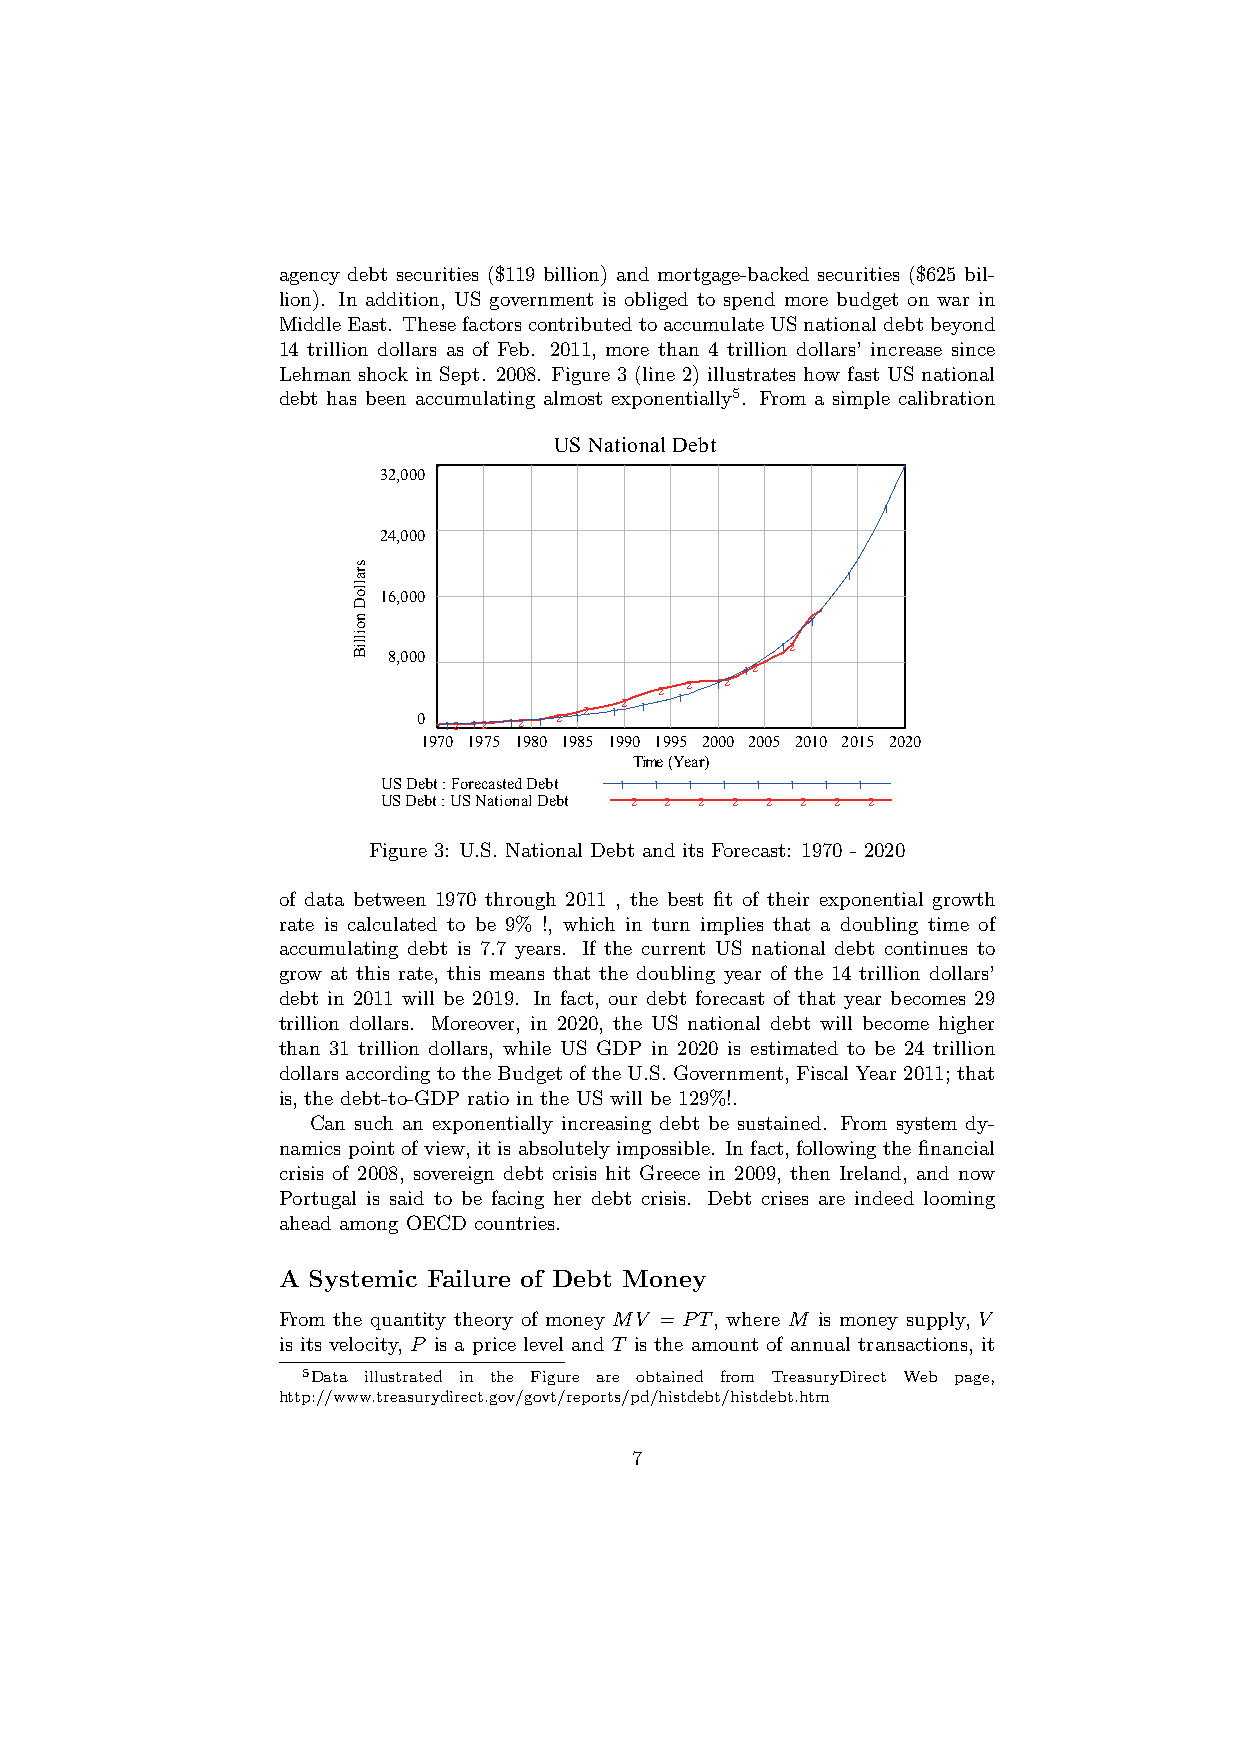
agency debt securities ($119 billion) and mortgage-backed securities ($625 bil-
 lion). In addition, US government is obliged to spend more budget on war in
 MiddleEast. ThesefactorscontributedtoaccumulateUSnationaldebtbeyond
 14 trillion dollars as of Feb. 2011, more than 4 trillion dollars’ increase since
 Lehman shock in Sept. 2008. Figure 3 (line 2) illustrates how fast US national
 debt has been accumulating almost exponentially5. From a simple calibration
 US National Debt
 32,000
 1
 24,000
 s
 ar                               1
 oll
 16,000
 D
 on                             1
 Billi
 8,000
 12
 12
 2 2 12
 0 12 12 12 1 2 12 12 1 1
 1970 1975 1980 1985 1990 1995 2000 2005 2010 2015 2020
 Time (Year)
 US Debt : Forecasted Debt 1 1 1 1 1 1 1 1
 US Debt : US National Debt 2 2 2 2 2 2 2 2
 Figure 3: U.S. National Debt and its Forecast: 1970 - 2020
 of data between 1970 through 2011 , the best fit of their exponential growth
 rate is calculated to be 9% !, which in turn implies that a doubling time of
 accumulating debt is 7.7 years. If the current US national debt continues to
 grow at this rate, this means that the doubling year of the 14 trillion dollars’
 debt in 2011 will be 2019. In fact, our debt forecast of that year becomes 29
 trillion dollars. Moreover, in 2020, the US national debt will become higher
 than 31 trillion dollars, while US GDP in 2020 is estimated to be 24 trillion
 dollars according to the Budget of the U.S. Government, Fiscal Year 2011; that
 is, the debt-to-GDP ratio in the US will be 129%!.
 Can such an exponentially increasing debt be sustained. From system dy-
 namics point of view, it is absolutely impossible. In fact, following the financial
 crisis of 2008, sovereign debt crisis hit Greece in 2009, then Ireland, and now
 Portugal is said to be facing her debt crisis. Debt crises are indeed looming
 ahead among OECD countries.
 A Systemic Failure of Debt Money
 From the quantity theory of money MV = PT, where M is money supply, V
 is its velocity, P is a price level and T is the amount of annual transactions, it
 5Data illustrated in the Figure are obtained from TreasuryDirect Web page,
 http://www.treasurydirect.gov/govt/reports/pd/histdebt/histdebt.htm
 7